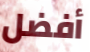
أفضل